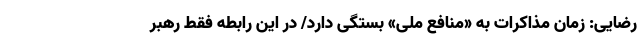
رضایی: زمان مذاکرات به «منافع ملی» بستگی دارد/ در این رابطه فقط رهبر